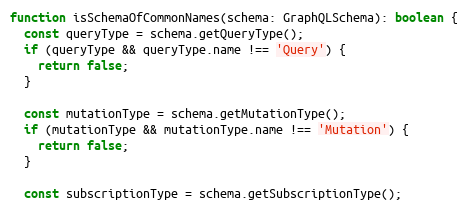
Language: JavaScript
function isSchemaOfCommonNames(schema: GraphQLSchema): boolean {
  const queryType = schema.getQueryType();
  if (queryType && queryType.name !== 'Query') {
    return false;
  }

  const mutationType = schema.getMutationType();
  if (mutationType && mutationType.name !== 'Mutation') {
    return false;
  }

  const subscriptionType = schema.getSubscriptionType();